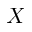
X